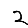
Digit: 2